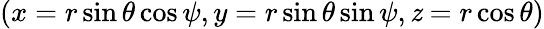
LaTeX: (x=r\sin\theta\cos\psi,y=r\sin\theta\sin\psi,\mathit{z}=r\cos\theta)